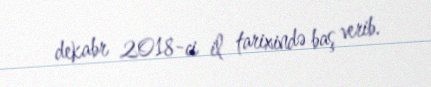
dekabr 2018-ci il tarixində baş verib.